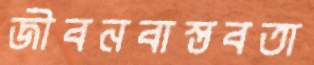
জীবনবাস্তবতা